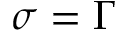
\sigma = \Gamma